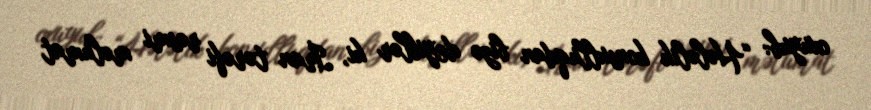
oxuyub: “Hələlik konsulluqdan bizə deyiblər ki, İran tərəfi rəsmi məlumat